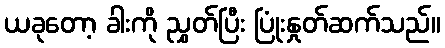
ယခုတော့ ခါးကို ညွှတ်ပြီး ပြုံးနှုတ်ဆက်သည်။